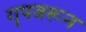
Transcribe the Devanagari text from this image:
गृपवरून